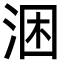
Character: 涃